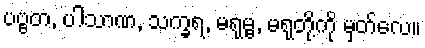
ပဗ္ဗတ, ပါသာဏ, သက္ခရ, မရုမ္ဗ, မရုတို့ကို မှတ်လေ။